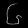
Digit: ၆